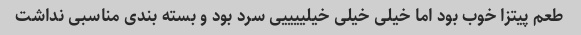
طعم پیتزا خوب بود اما خیلی خیلی خیلییییی سرد بود و بسته بندی مناسبی نداشت